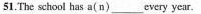
51.The school has a(n) \underline every year.